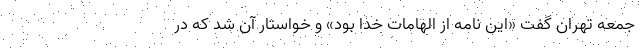
جمعه تهران گفت «این نامه از الهامات خدا بود» و خواستار آن شد که در